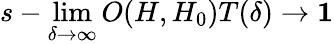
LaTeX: s-\operatorname*{lim}_{\delta\rightarrow\infty}O(H,H_{0})T(\delta)\rightarrow\mathbf{1}